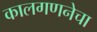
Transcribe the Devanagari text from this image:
कालगणनेचा